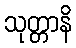
သုတ္တာနိ